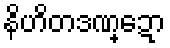
နိဟိတဒဏ္ဍော